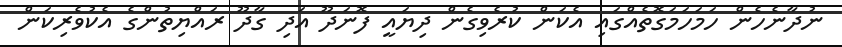
ނުދާނެހެން ހަމަހަމަގޮތެއްގައި އެކަން ކުރެވިގެން ދިޔައީ ފޮނަދޫ އަދި ގާދޫ ރައްޔިތުންގެ އެކުވެރިކަން